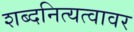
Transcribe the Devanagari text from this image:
शब्दनित्यत्वावर